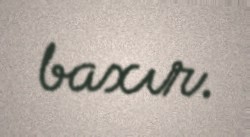
baxır.